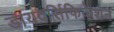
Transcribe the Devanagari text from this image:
डायवर्सिफिकेशन